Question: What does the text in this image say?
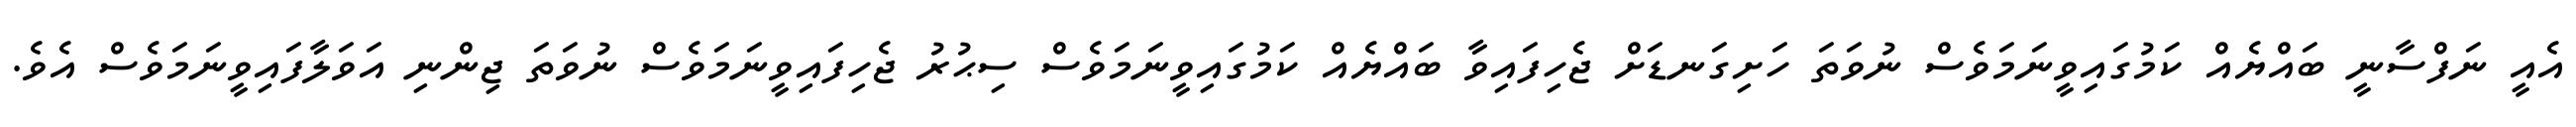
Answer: އެއީ ނަފްސާނީ ބައްޔެއް ކަމުގައިވީނަމަވެސް ނުވަތަ ހަށިގަނޑަށް ޖެހިފައިވާ ބައްޔެއް ކަމުގައިވީނަމަވެސް ސިޙުރު ޖެހިފައިވީނަމަވެސް ނުވަތަ ޖިންނި އަވަލާފައިވީނަމަވެސް އެވެ.